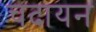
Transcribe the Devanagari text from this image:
चदायन